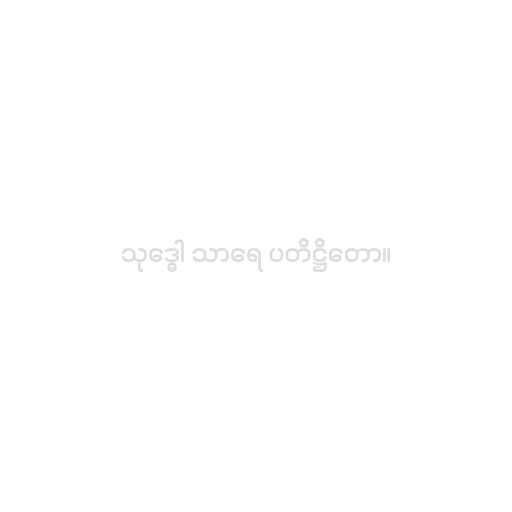
သုဒ္ဓေါ သာရေ ပတိဋ္ဌိတော။